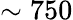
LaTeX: \sim 750